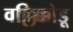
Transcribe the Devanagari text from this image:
वल्लिक्कोडू